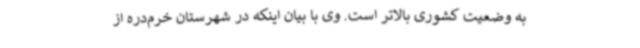
به وضعیت کشوری بالاتر است. وی با بیان اینکه در شهرستان خرم‌دره از